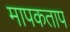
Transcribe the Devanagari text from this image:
मापकताप